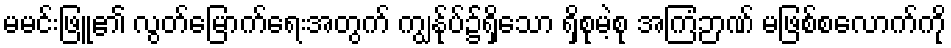
မမင်းဖြူ၏ လွတ်မြောက်ရေးအတွက် ကျွန်ုပ်၌ရှိသော ရှိစုမဲ့စု အကြံဉာဏ် မဖြစ်စလောက်ကို